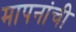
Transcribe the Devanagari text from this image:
मापनांची